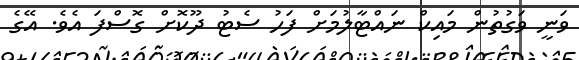
ވަނީ ވަގުތުން މައިކް ނައްޓާލުމަށް ފަހު ސެޓު ދޫކޮށް ގޮސްފަ އެވެ. އޭގެ